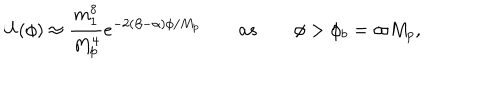
LaTeX: U ( \phi ) \approx \frac { m _ { 1 } ^ { 8 } } { M _ { p } ^ { 4 } } e ^ { - 2 ( \beta - \alpha ) \phi / M _ { p } } \qquad a s \qquad \phi > \phi _ { b } = \varpi M _ { p } ,